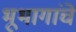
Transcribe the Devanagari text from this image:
भूभागांचे